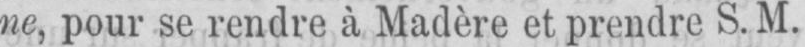
ne, pour se rendre à Madère et prendre S. M.